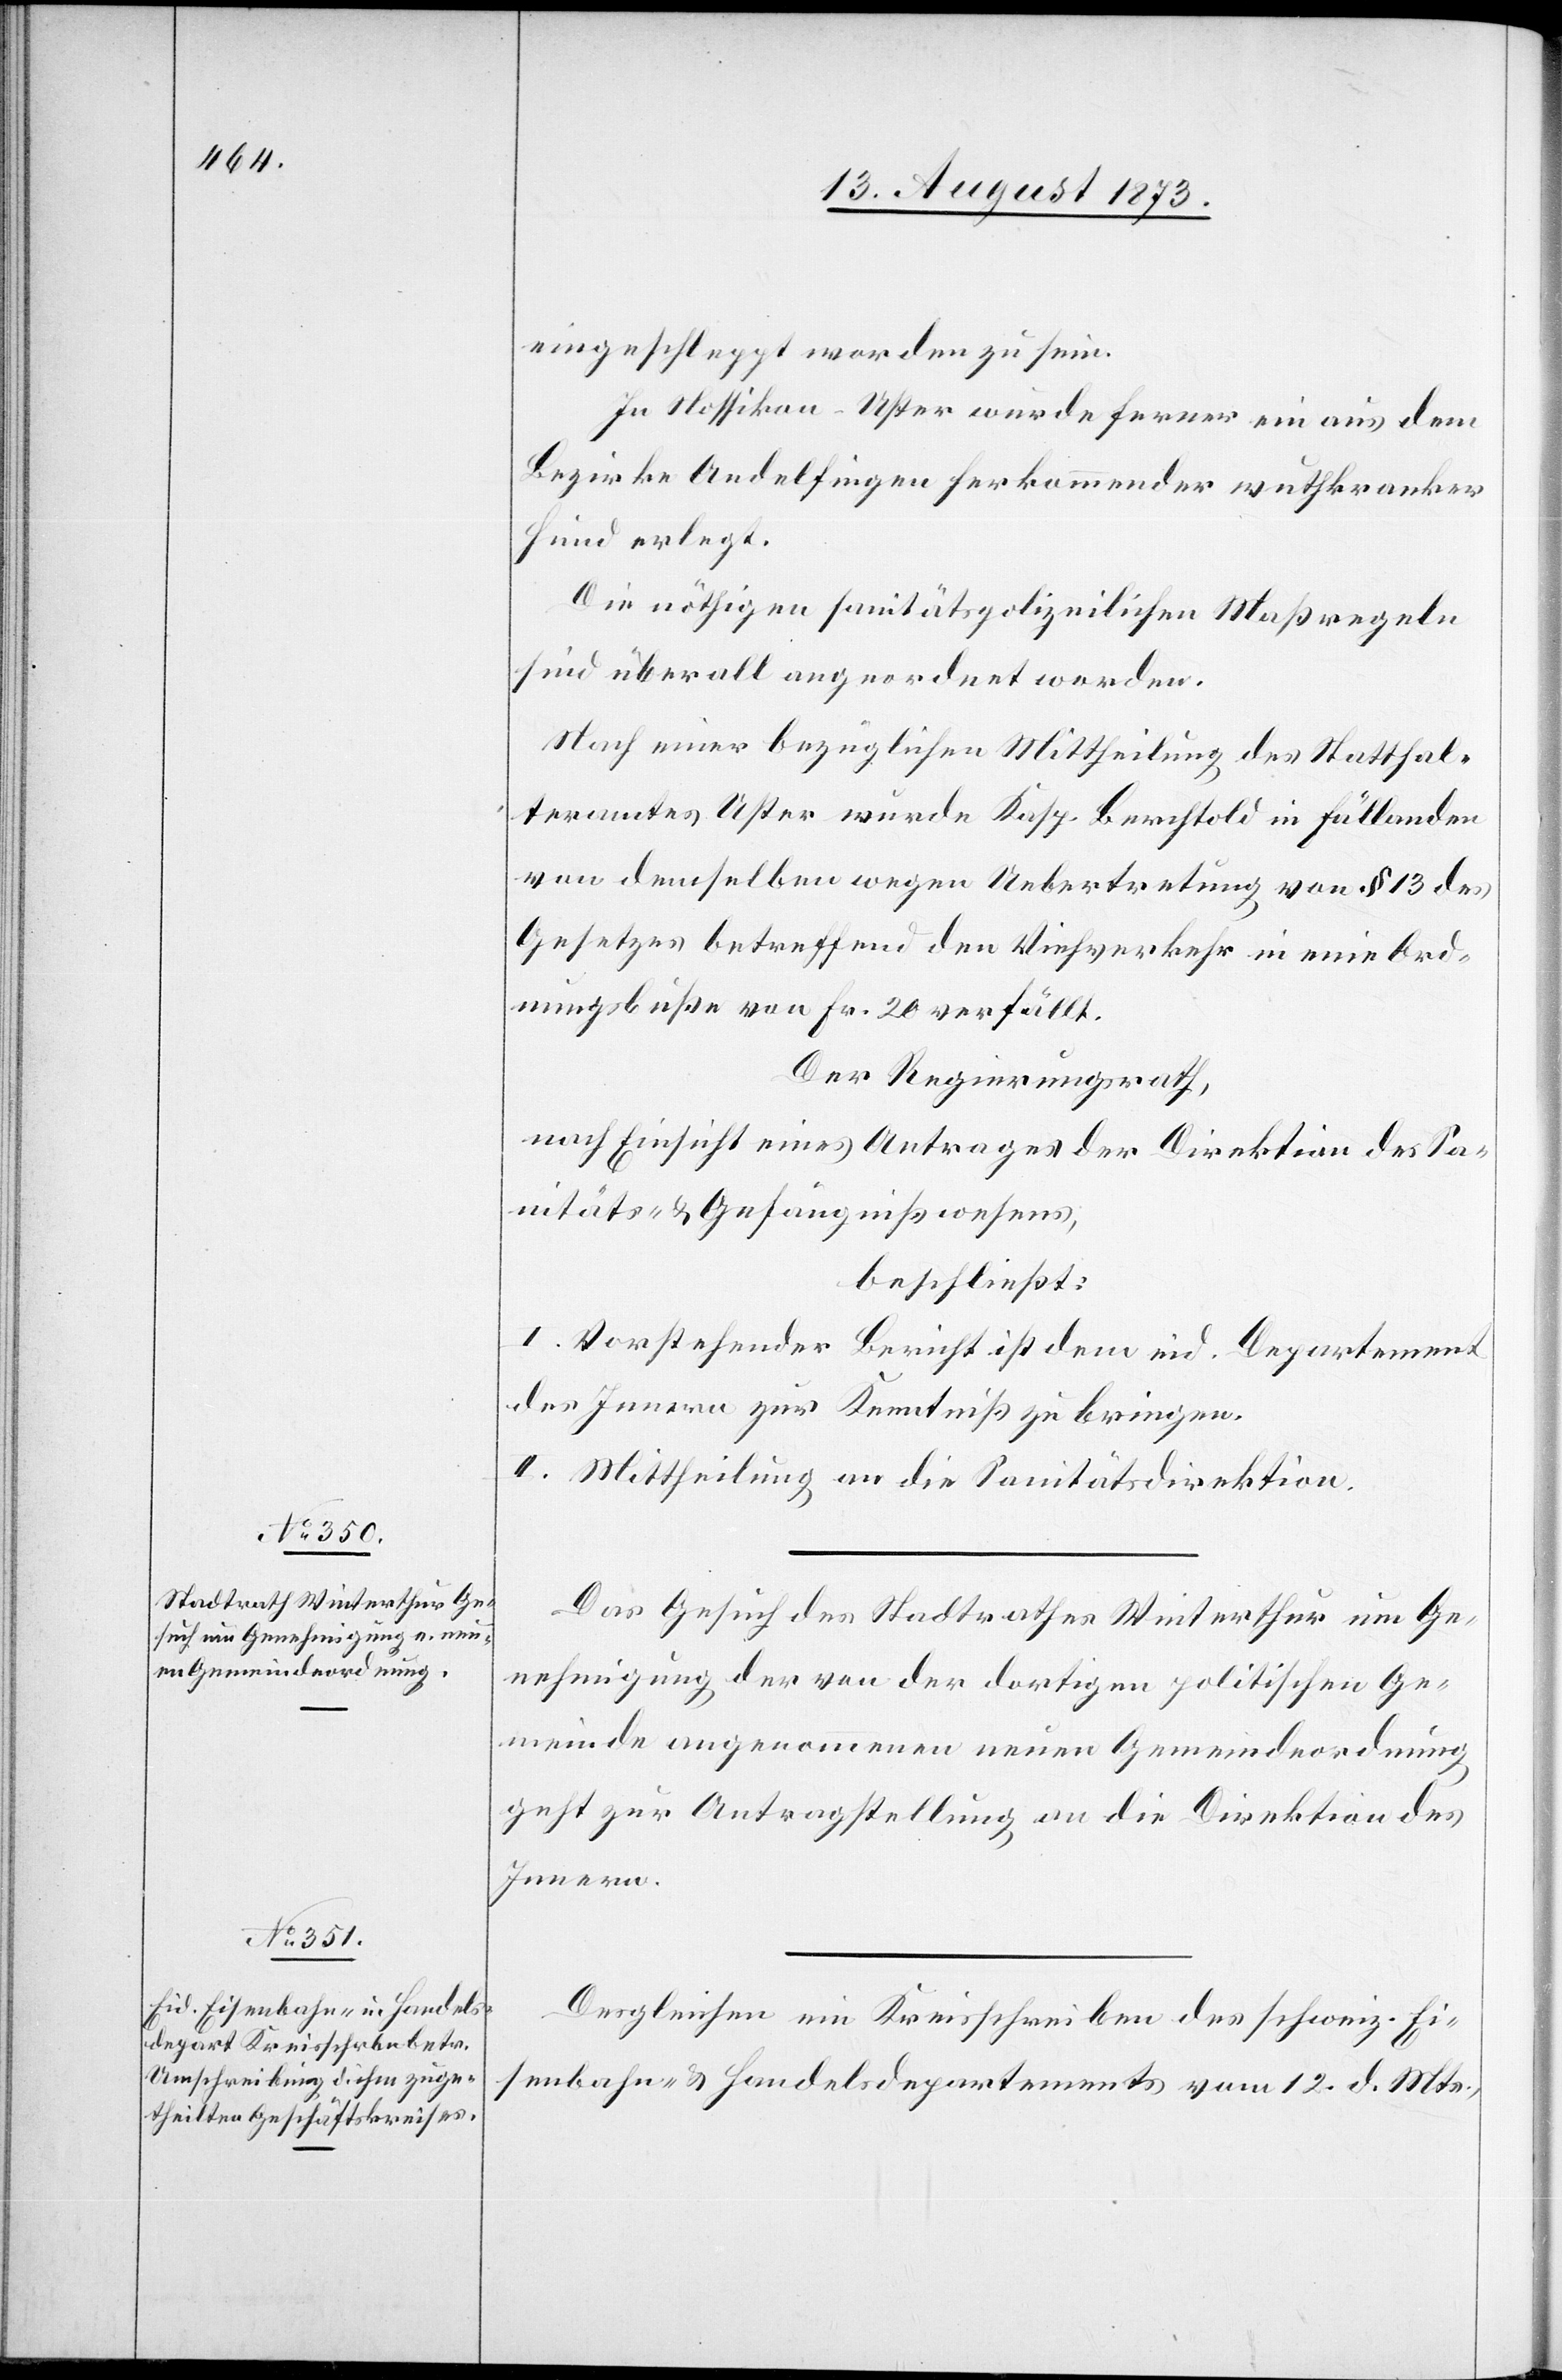
15. August 1873.]
eingeschleppt worden zu sein.
In Nossikon-Uster wurde ferner ein aus dem
Bezirke Andelfingen herkommender wuthkranker
Hund erlegt.
Die nöthigen sanitätspolizeilichen Maßregeln
sind überall angeordnet worden.
Nach einer bezüglichen Mittheilung des Statthal¬
teramtes Uster wurde Kasp. Berchtold in Fällanden
von demselben wegen Uebertretung von § 13 des
Gesetzes betreffend den Viehverkehr in eine Ord¬
nungsbuße von Fr. 20 verfällt.
Der Regierungsrath,
nach Einsicht eines Antrages der Direktion des Sa¬
nitäts- & Gefängnißwesens,
beschließt:
I. Vorstehender Bericht ist dem eid. Departement
des Innern zur Kenntniß zu bringen.
II. Mittheilung an die Sanitätsdirektion.
Das Gesuch des Stadtrathes Winterthur um Ge¬
nehmigung der von der dortigen politischen Ge¬
meinde angenommenen neuen Gemeindeordnung
geht zur Antragstellung an die Direktion des
Innern.
Desgleichen ein Kreisschreiben des schweiz. Ei¬
senbahn- & Handelsdepartements vom 12. d. Mts.,